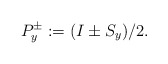
\begin{align*}P_y^\pm:=(I\pm S_y)/2.\end{align*}